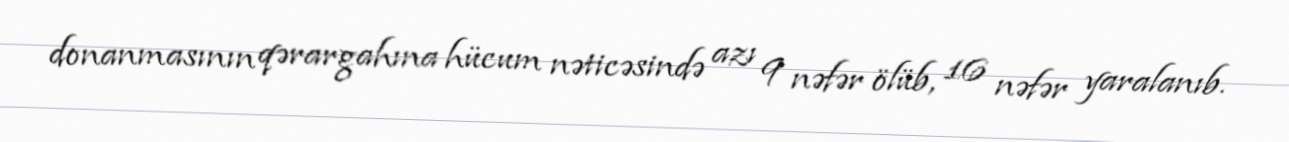
donanmasının qərargahına hücum nəticəsində azı 9 nəfər ölüb, 16 nəfər yaralanıb.